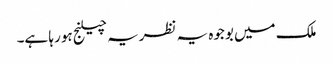
ملک میں بوجوہ یہ نظریہ چیلنج ہو رہا ہے۔